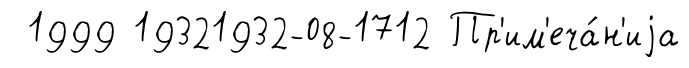
1999 19321932-08-1712 Пр'им'еча́н'иjа